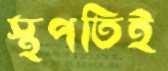
স্থপতিই